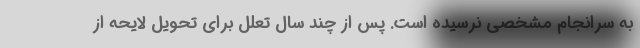
به سرانجام مشخصی نرسیده است. پس از چند سال تعلل برای تحویل لایحه از